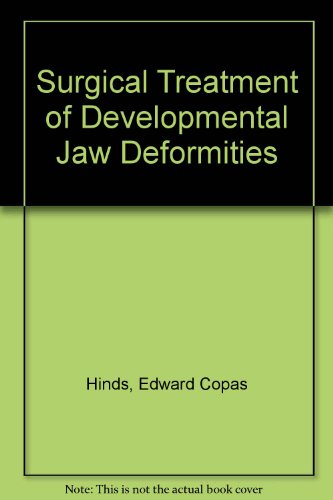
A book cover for Surgical Treatment of Developmental Jaw Deformities; Edward Copas Hinds; Medical Books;